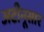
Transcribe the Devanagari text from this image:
अटीनूसार